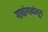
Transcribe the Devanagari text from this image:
गावांगावांतून